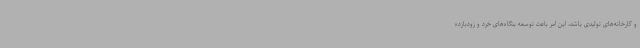
و کارخانه‌های تولیدی باشد، این امر باعث توسعه بنگاه‌های خرد و زودبازده